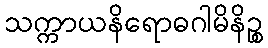
သက္ကာယနိရောဓဂါမိနိဉ္စ